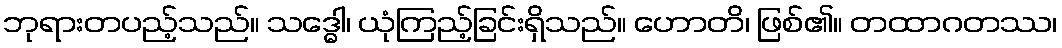
ဘုရားတပည့်သည်။ သဒ္ဓေါ၊ ယုံကြည့်ခြင်းရှိသည်။ ဟောတိ၊ ဖြစ်၏။ တထာဂတဿ၊